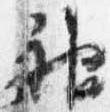
神